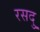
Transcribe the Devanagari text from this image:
रसदु